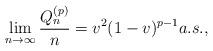
LaTeX: \begin{align*}\lim_{n \to \infty}\frac{Q_n^{(p)}}{n}=v^2 (1-v)^{p-1}a.s., \end{align*}